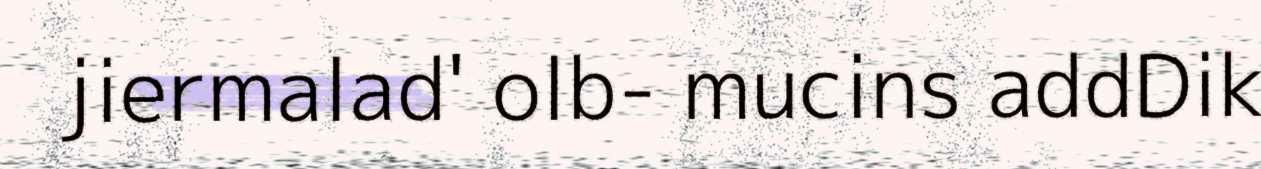
jiermalad' olb- mucins addDik